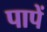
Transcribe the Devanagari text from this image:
पापें